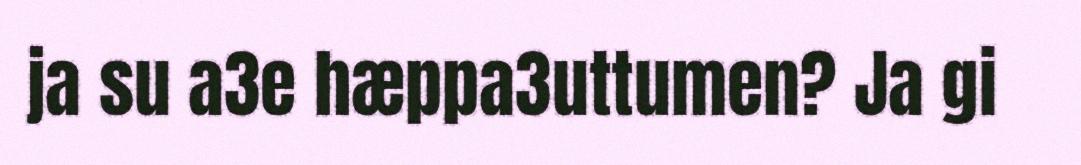
ja su a3e hæppa3uttumen? Ja gi